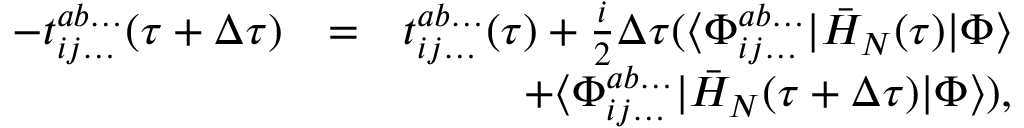
\begin{array} { r l r } { - t _ { i j \dots } ^ { a b \dots } ( \tau + \Delta \tau ) } & { = } & { t _ { i j \dots } ^ { a b \dots } ( \tau ) + \frac { i } { 2 } \Delta \tau ( \langle \Phi _ { i j \dots } ^ { a b \dots } | \bar { H } _ { N } ( \tau ) | \Phi \rangle } \\ & { } & { + \langle \Phi _ { i j \dots } ^ { a b \dots } | \bar { H } _ { N } ( \tau + \Delta \tau ) | \Phi \rangle ) , } \end{array}